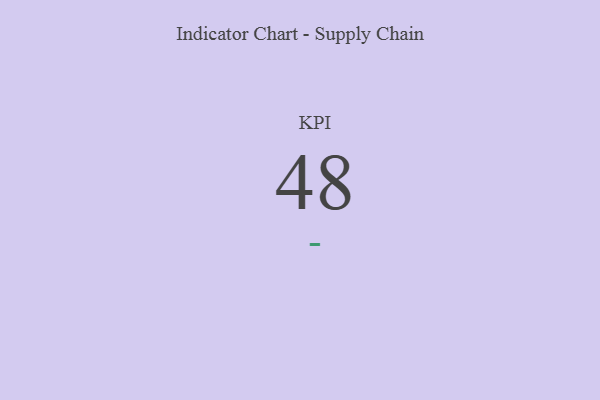
{"axis": {"x": "KPI", "y": "Value"}, "legend": [""], "data": [{"x": "KPI", "y": 48, "type": ""}]}